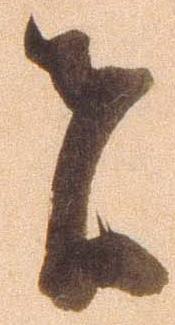
者